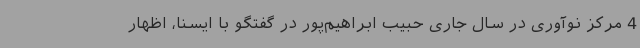
4 مرکز نوآوری در سال جاری حبیب‌ ابراهیم‌پور در گفتگو با ایسنا، اظهار